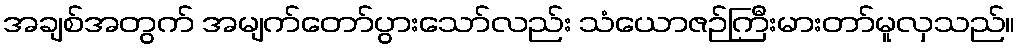
အချစ်အတွက် အမျက်တော်ပွားသော်လည်း သံယောဇဉ်ကြီးမားတာ်မူလှသည်။